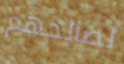
لصالحهم